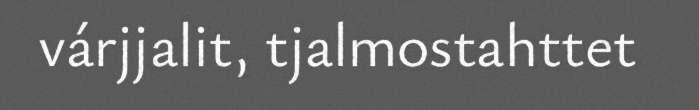
várjjalit, tjalmostahttet